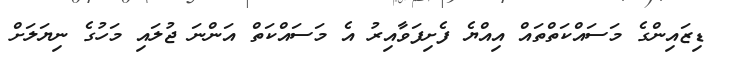
ޑިޒައިންގެ މަސައްކަތްތައް އިއްޔެ ފެށިފަވާއިރު އެ މަސައްކަތް އަންނަ ޖުލައި މަހުގެ ނިޔަލަށް